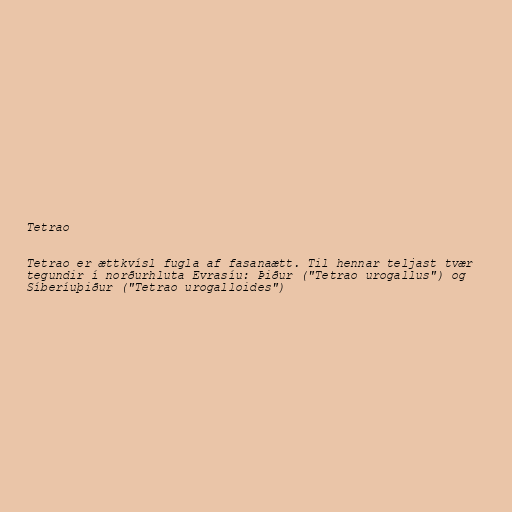
Tetrao

Tetrao er ættkvísl fugla af fasanaætt. Til hennar teljast tvær
tegundir í norðurhluta Evrasíu: Þiður ("Tetrao urogallus") og
Síberíuþiður ("Tetrao urogalloides")